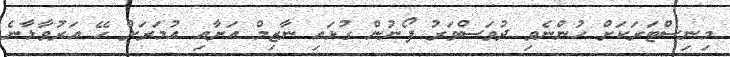
މިނިސްޓަރަކަށް ހުންނެވި ދުވަސްވަރު ފޯނުން ގުޅައި ނާޒިމް އަށާއި އުމަރަށް ހޭ އަރުވާލާނެ